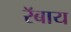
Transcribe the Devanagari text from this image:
रॅबाय